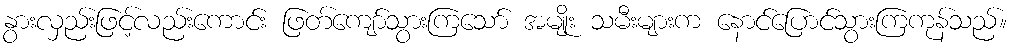
နွားလှည်းဖြင့်လည်းကောင်း ဖြတ်ကျော်သွားကြသော် အမျိုး သမီးများက နောင်ပြောင်သွားကြကုန်သည်။